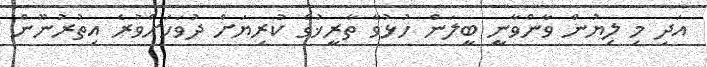
އަދި މި ލިޔުން ވާންވާނީ ބީލަން ހުޅުވާ ތާރީޚުގެ ކުރިޔަށް ދުވަހަށްވުރެ އިތުރުނޫން